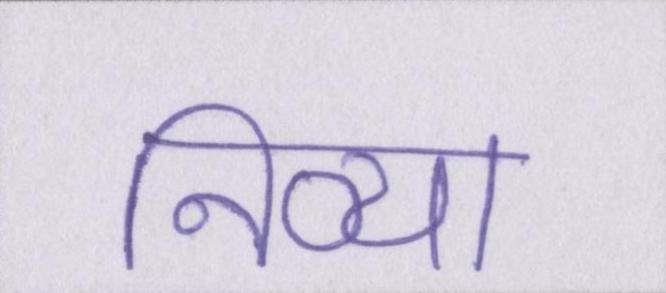
निव्या